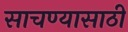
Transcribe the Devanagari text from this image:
साचण्यासाठी